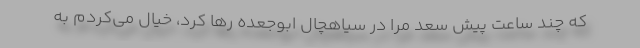
که چند ساعت پیش سعد مرا در سیاهچال ابوجعده رها کرد، خیال می‌کردم به